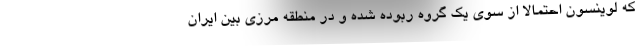
که لوینسون احتمالاً از سوی یک گروه ربوده شده و در منطقه مرزی بین ایران